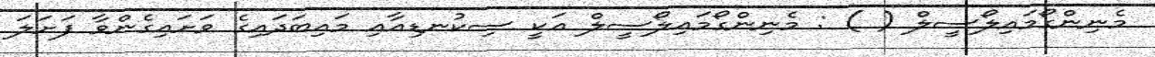
މެނިންގޯމައިލޯސީލް ( ) : މެނިންގޯމައިލޯސީލް އަކީ ސިކުނޑިއާއި މައިބަދައިގެ ވަށައިގެންވާ ފަށަލަ